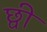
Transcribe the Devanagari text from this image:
छ्वी